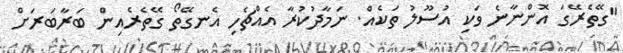
"ގޭތެރޭގަ އޮންނާނެ ވަކި އުސޫލު ތަކެއް. ނަމާދުކުރާ އެއްޗެހި އެނގޭތޯ ގޭތެރެއިން ބަރާބަރަށް